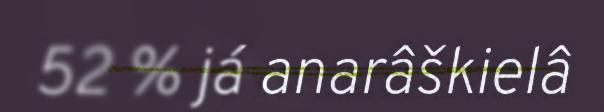
52 % já anarâškielâ